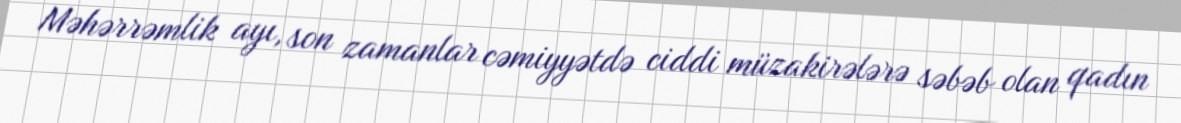
Məhərrəmlik ayı, son zamanlar cəmiyyətdə ciddi müzakirələrə səbəb olan qadın